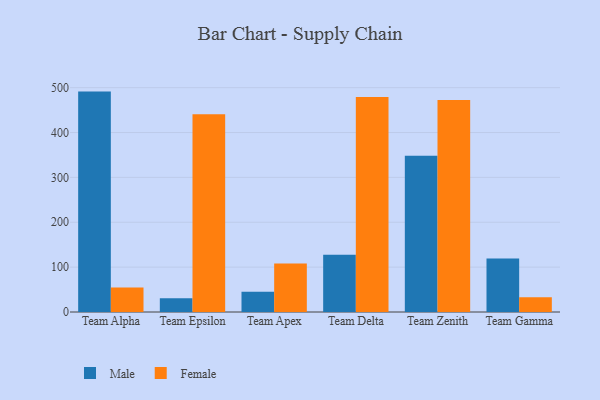
{"axis": {"x": "Team", "y": "Temperature (°C)"}, "legend": ["Female", "Male"], "data": [{"x": "Team Alpha", "y": 491.2, "type": "Male"}, {"x": "Team Alpha", "y": 54.5, "type": "Female"}, {"x": "Team Epsilon", "y": 30.7, "type": "Male"}, {"x": "Team Epsilon", "y": 440.7, "type": "Female"}, {"x": "Team Apex", "y": 45.4, "type": "Male"}, {"x": "Team Apex", "y": 108.1, "type": "Female"}, {"x": "Team Delta", "y": 127.6, "type": "Male"}, {"x": "Team Delta", "y": 479.2, "type": "Female"}, {"x": "Team Zenith", "y": 348.0, "type": "Male"}, {"x": "Team Zenith", "y": 472.4, "type": "Female"}, {"x": "Team Gamma", "y": 119.2, "type": "Male"}, {"x": "Team Gamma", "y": 33.1, "type": "Female"}]}